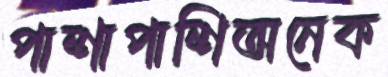
পাশাপাশিঅনেক